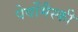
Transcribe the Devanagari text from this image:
पेर्वोमैस्की